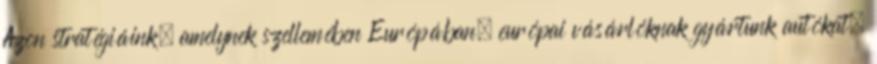
Azon stratégiáink, amelynek szellemében Európában, európai vásárlóknak gyártunk autókat,